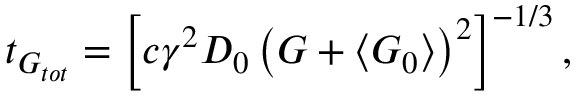
t _ { G _ { t o t } } = \left[ c \gamma ^ { 2 } D _ { 0 } \left( \boldsymbol { G } + \left\langle \boldsymbol { G } _ { 0 } \right\rangle \right) ^ { 2 } \right] ^ { - 1 / 3 } ,